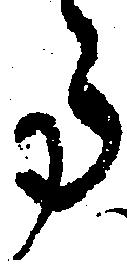
方